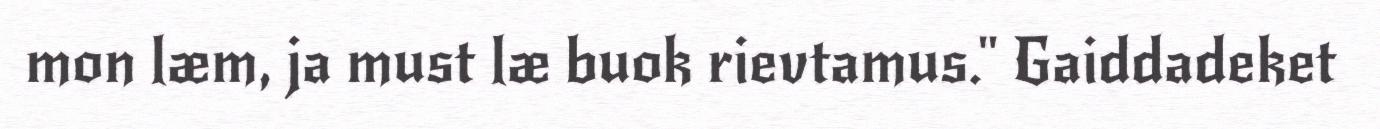
mon læm, ja must læ buok rievtamus." Gaiddadeket